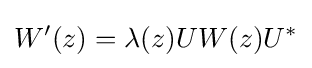
W'(z)=\lambda (z)UW(z)U^{*}